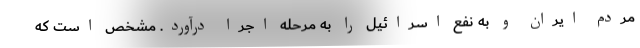
مردم ایران و به نفع اسرائیل را به مرحله اجرا درآورد. مشخص است که